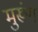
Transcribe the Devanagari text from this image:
मुरूंग